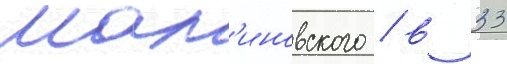
Мал'иновского / в 33